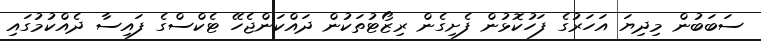
ސަބަބުން މިދިޔަ އަހަރުގެ ފަހުކޮޅުން ފެށިގެން ރިޒޯޓުތަކުން ދައްކަންޖެހޭ ޓެކްސްގެ ފައިސާ ދެއްކުމުގައި